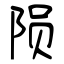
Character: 陨